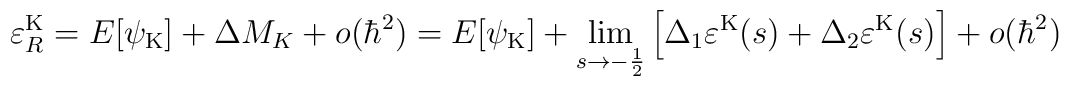
\varepsilon_R^{\rm K}=E[{\psi}_{\rm K}]+\Delta M_K+o(\hbar^2)=E[{\psi}_{\rm K}]+ \lim_{s \rightarrow-\frac{1}{2}}\left[ \Delta_1 \varepsilon^{\rm K}(s)+\Delta_2\varepsilon^{\rm K}(s) \right]+o(\hbar^2)